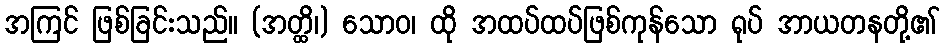
အကြင် ဖြစ်ခြင်းသည်။ (အတ္ထိ၊) သောဝ၊ ထို အထပ်ထပ်ဖြစ်ကုန်သော ရုပ် အာယတနတို့၏